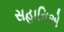
સહાનિએ